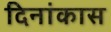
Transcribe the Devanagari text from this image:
दिनांकास